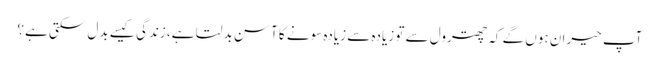
آپ حیران ہوں گے کہ چھترول سے تو زیادہ سے زیادہ سونے کا آسن بدلتا ہے، زندگی کیسے بدل سکتی ہے؟